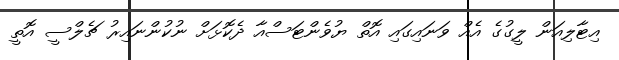
އިޓާލިއަން ލީގުގެ އެއް ވަނައިގައި އޮތް ޔުވެންޓަސްއާ ދެކޮޅަށް ނުކުންނައިރު ޗެލްސީ އޮތީ